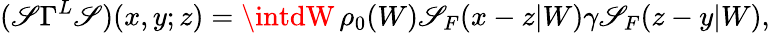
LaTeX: (\mathscr{S}\Gamma^{L}\mathscr{S})(x,y;z)=\intdW\, \rho_{0}(W)\mathscr{S}_{F}(x-z|W)\gamma\mathscr{S}_{F}(z-y|W),